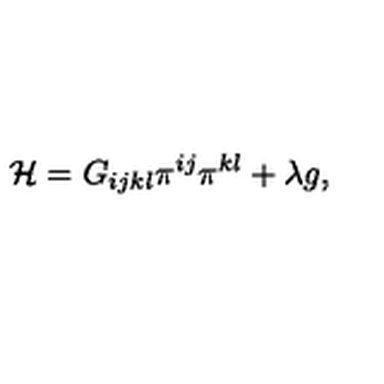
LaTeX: { \cal H } = G _ { i j k l } \pi ^ { i j } \pi ^ { k l } + \lambda g ,